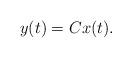
LaTeX: \begin{align*} y(t)=Cx(t).\end{align*}